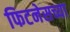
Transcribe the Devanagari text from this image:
फिटनेसच्या